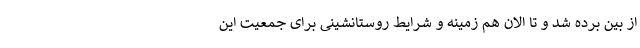
از بین برده شد و تا الان هم زمینه و شرایط روستانشینی برای جمعیت این